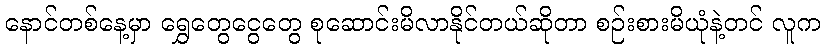
နောင်တစ်နေ့မှာ ရွှေတွေငွေတွေ စုဆောင်းမိလာနိုင်တယ်ဆိုတာ စဉ်းစားမိယုံနဲ့တင် လူက